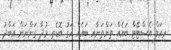
ރިއަލް އެސްޓޭޓް ބައެއް ތަންތަނާއި ބައެއް އަގު ބޮޑެތި މުދާ ގަންނަން އަބްދު